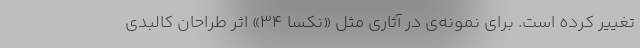
تغییر کرده است. برای نمونه‌ی در آثاری مثل «نکسا ۳۴» اثر طراحان کالبدی